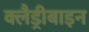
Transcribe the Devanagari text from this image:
क्लैड्रीबाइन